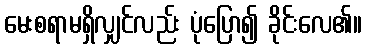
မေးစရာမရှိလျှင်လည်း ပုံပြော၍ ခိုင်းလေ၏။